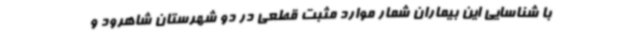
با شناسایی این بیماران شمار موارد مثبت قطعی در دو شهرستان شاهرود و